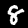
Label: 8